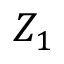
Z _ { 1 }